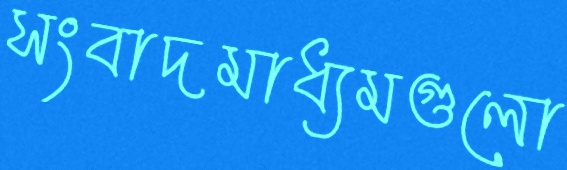
সংবাদমাধ্যমগুলো